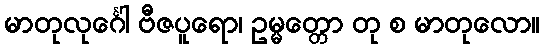
မာတုလုင်္ဂေါ ဗီဇပူရော၊ ဥမ္မတ္တော တု စ မာတုလော။